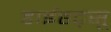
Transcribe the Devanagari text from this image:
डाईहट्सू